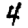
Digit: 4